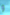
و